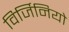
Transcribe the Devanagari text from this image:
विर्जिनियो